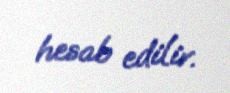
hesab edilir.